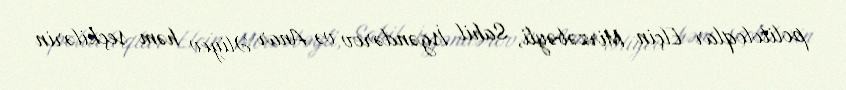
politoloqlar Elçin Mirzəbəyli, Sahil İsgəndərov və Anar Əliyev həm seçkilərin